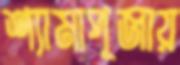
শ্যামাপূজায়